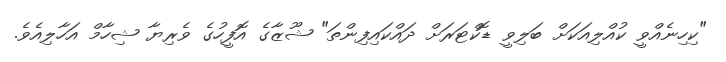
"ކިހިނެއްވީ ކުއްލިއަކަށް ބަލިވީ ޑޮކްޓަރަށް ދައްކައިފިންތަ" ޝޫޒާގެ އޮފީހުގެ ވެރިޔާ ޝިހާމް އަހާލިއެވެ.